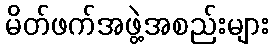
မိတ်ဖက်အဖွဲ့အစည်းများ